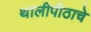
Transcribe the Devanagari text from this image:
थालीपीठाचे